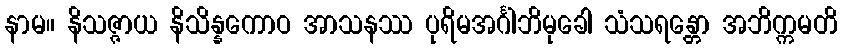
နာမ။ နိသဇ္ဇာယ နိသိန္နကောဝ အာသနဿ ပုရိမအင်္ဂါဘိမုခေါ သံသရန္တော အဘိက္ကမတိ